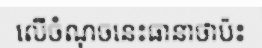
លើចំណុចនេះធានាថាប៉ះ